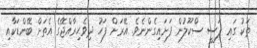
ތަކު ގައި ފަސީ ސްކޫލުން ފަށައިގެންނެވެ. އޭރަށް ފަހު ދިވެހިރާއްޖޭގެ އެތަށް ބޭންޑަކާއި